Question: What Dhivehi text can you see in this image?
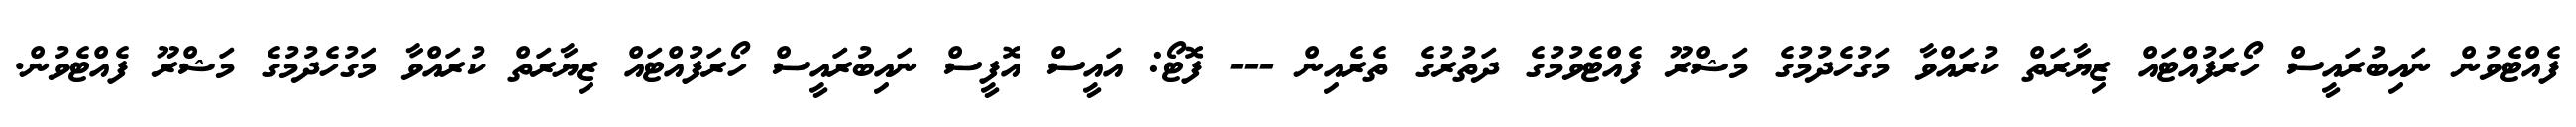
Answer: ފެއްޓެވުން ނައިބުރައީސް ހޯރަފުއްޓައް ޒިޔާރަތް ކުރައްވާ މަގުހެދުމުގެ މަޝްރޫ ފެއްޓެވުމުގެ ދަތުރުގެ ތެރެއިން --- ފޮޓޯ: އައީސް އޮފީސް ނައިބުރައީސް ހޯރަފުއްޓައް ޒިޔާރަތް ކުރައްވާ މަގުހެދުމުގެ މަޝްރޫ ފެއްޓެވުން.